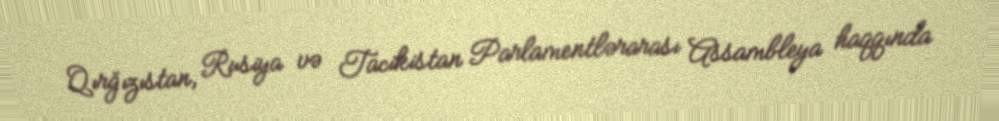
Qırğızıstan, Rusiya və Tacikistan Parlamentlərarası Assambleya haqqında